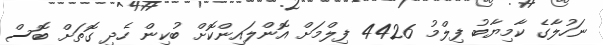
ނަހުލާގެ ކާމިޔާބު ފިލްމު 4426 ފިލްމަށް އޮންލައިންކޮށް ބުކިން ހެދި ގޮތަށް ބޮސް